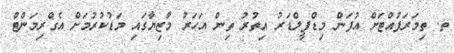
ތ. ތިމަރަފުއްޓަށް އުފަން މިޑްފީލްޑަރު އިތުރު ތިން އަހަރު މާޒިޔާގައި މަޑުކުރުމަށް އެގްރިމަންޓް